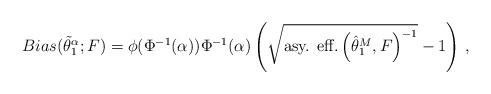
LaTeX: \begin{align*}Bias(\tilde{ \theta} ^\alpha_1; F) = \phi(\Phi^{-1}(\alpha)) \Phi^{-1}(\alpha) \left(\sqrt{\textrm{asy. eff.}\left(\hat{\theta}^M_1, F\right)^{-1}} - 1\right) \,, \end{align*}